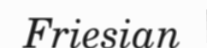
Friesian